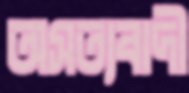
অসত্যবাদী